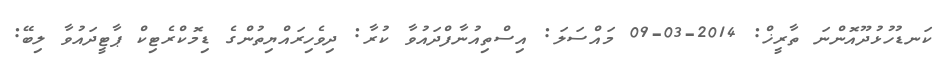
ކަނޑުހުޅުދޫއޮންނަ ތާރީޚް: 2014-03-09 މައްސަލަ: އިސްތިއުނާފްދައުވާ ކުރާ: ދިވެހިރައްޔިތުންގެ ޑިމޮކްރެޓިކް ޕާޓީދައުވާ ލިބޭ: